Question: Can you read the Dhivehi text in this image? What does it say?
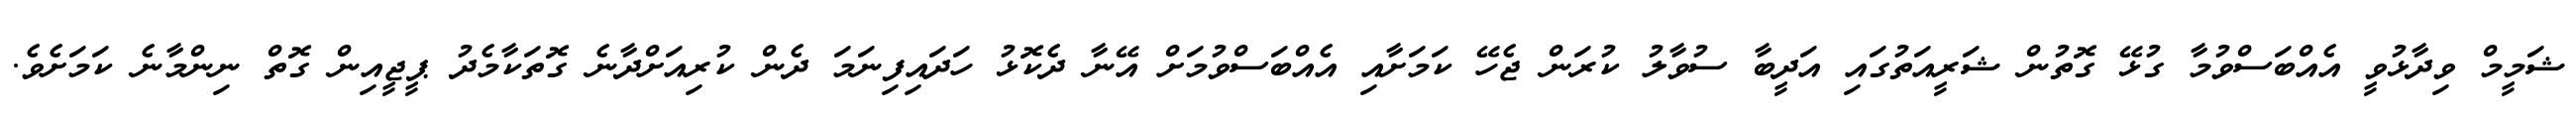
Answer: ޝަމީމް ވިދާޅުވީ އެއްބަސްވުމާ ގުޅޭ ގޮތުން ޝަރީއަތުގައި އަދީބާ ސުވާލު ކުރަން ޖެހޭ ކަމަށާއި އެއްބަސްވުމަށް އޭނާ ދެކޮޅު ހަދައިފިނަމަ ދެން ކުރިއަށްދާނެ ގޮތަކާމެދު ޕީޖީއިން ގޮތް ނިންމާނެ ކަމަށެވެ.